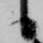
候